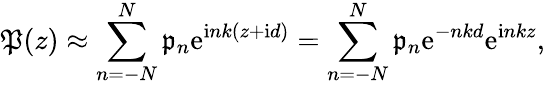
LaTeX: \mathfrak{P}(z)\approx\sum_{n=-N}^{N}\mathfrak{p}_{n}\mathrm{e}^{\mathrm{i}nk(z+\mathrm{i}d)}=\sum_{n=-N}^{N}\mathfrak{p}_{n}\mathrm{e}^{-nkd}\mathrm{e}^{\mathrm{i}nkz},